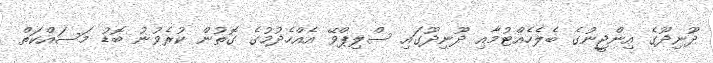
ދޫނިދޫގެ އިންޖީނުގެ ބެލެހެއްޓުމާއި ދޫނިދޫގައި ސްލިޕްވޭ އެއްހެދުމުގެ ގޮތުން ކުރެވުނު ބޮޑު މަސައްކަތް